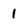
Character: 1